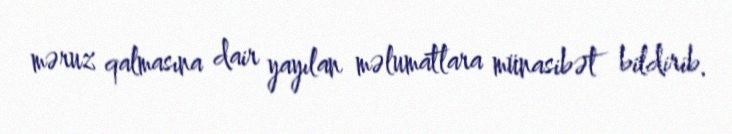
məruz qalmasına dair yayılan məlumatlara münasibət bildirib.